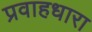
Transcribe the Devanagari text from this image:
प्रवाहधारा